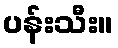
ပန်းသီး။